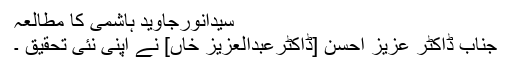
سیدانورجاوید ہاشمی کا مطالعہ
جناب ڈاکٹر عزیز احسن [ڈاکٹرعبدالعزیز خاں] نے اپنی نئی تحقیق ۔